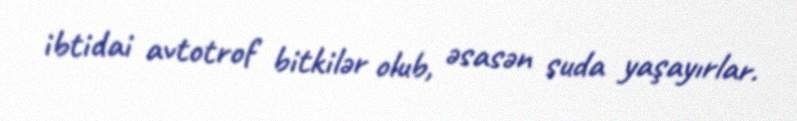
ibtidai avtotrof bitkilər olub, əsasən suda yaşayırlar.